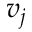
v _ { j }